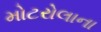
મોટરોલાના